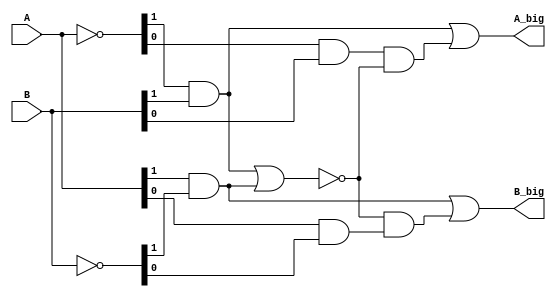
module comp2b
(
	input wire [1:0] A,
	input wire [1:0] B,
	output wire A_big,
	output wire B_big
);
//signals
wire [1:0] A_;
wire [1:0] B_;
wire [6:0] w;
//logic
assign A_ = ~A;
assign B_ = ~B;
and A0 (w[6], A_[1], B[1]),
	A1 (w[5], A[1], B_[1]),
	A2 (w[4], A_[0], B[0]),
	A3 (w[3], A[0], B_[0]),
	A4 (w[1], w[4], w[2]),
	A5 (w[0], w[2], w[3]);
nor N0 (w[2], w[6], w[5]);
or 	O0 (A_big, w[6], w[1]),
	O1 (B_big, w[5], w[0]);

endmodule